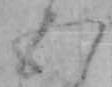
五